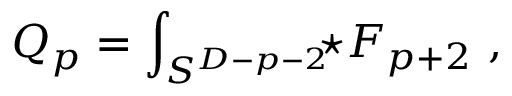
Q _ { p } = \int _ { S ^ { D - p - 2 } } \! \! \! \star F _ { p + 2 } \ ,